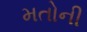
મતોની